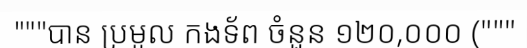
"""បាន ប្រមូល កងទ័ព ចំនួន ១២០,០០០ ("""